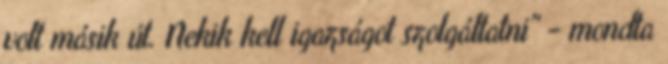
volt másik út. Nekik kell igazságot szolgáltatni" - mondta